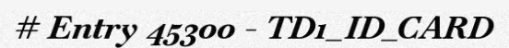
# Entry 45300 - TD1_ID_CARD